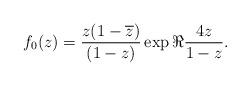
LaTeX: \begin{align*}f_{0}(z)=\dfrac{z(1-\overline{z})}{(1-z)}\exp \Re \dfrac{4z}{1-z}.\end{align*}